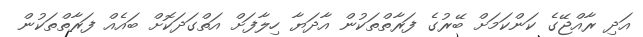
އަދި ރާއްޖޭގެ ކަންކަމަށް ބޭރުގެ ފަރާތްތަކުން އާދަޔާ ހިލާފަށް އަތްގަދަކޮށް ބައެއް ފަރާތްތަކުން